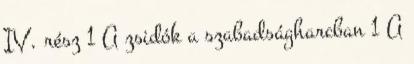
IV. rész 1 A zsidók a szabadságharcban 1 A